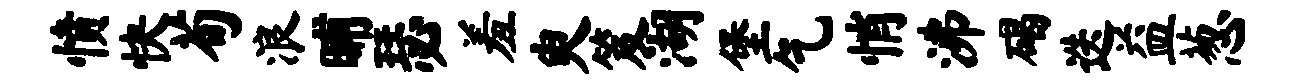
愤快荀浪晡瑟羞臾笈湖堡乞悄沸碣迭益葱